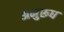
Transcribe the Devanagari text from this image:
अनुरूध